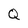
Character: Q